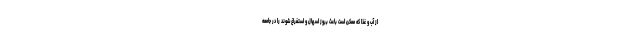
از آب و غذا که ممکن است باعث بروز اسهال و استفراغ شوند را در جامعه